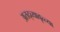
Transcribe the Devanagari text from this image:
अतद्व्यावृत्त्या